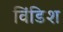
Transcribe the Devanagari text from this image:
विंडिश